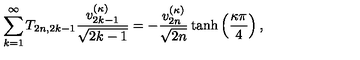
\sum _ { k = 1 } ^ { \infty } T _ { 2 n , 2 k - 1 } \frac { v _ { 2 k - 1 } ^ { ( \kappa ) } } { \sqrt { 2 k - 1 } } = - \frac { v _ { 2 n } ^ { ( \kappa ) } } { \sqrt { 2 n } } \tanh \left( \frac { \kappa \pi } { 4 } \right) ,